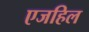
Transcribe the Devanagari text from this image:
एजहिल